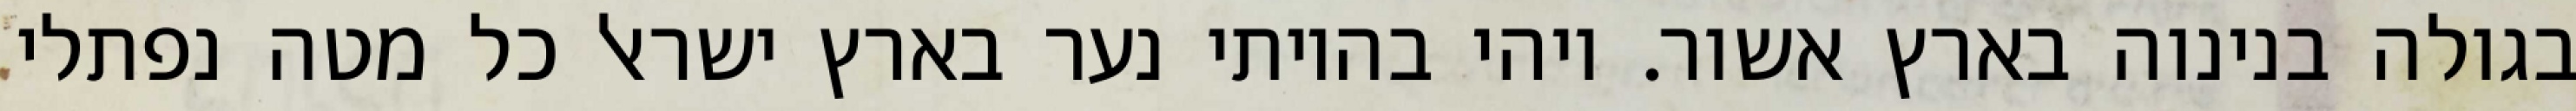
בגולה בנינוה בארץ אשור. ויהי בהיותי נער בארץ ישראל כל מטה נפתלי